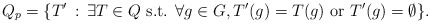
\begin{align*} Q_p = \{T'\,:\,\exists T \in Q \mbox{ s.t. } \forall g\in G,T'(g)=T(g) \mbox{ or } T'(g)=\emptyset\}.\end{align*}